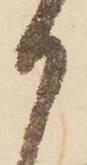
御